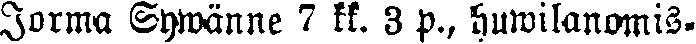
Jorma Sywänne 7 kk. 3 p., huwilanomis-